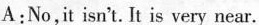
A:No,it isn't. It is very near.